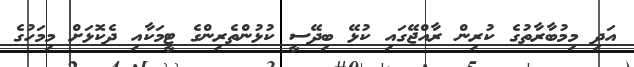
އަދި މިމުބާރާތުގެ ކުރިން ރާއްޖޭގައި ކުޅޭ ބިދޭސީ ކުޅުންތެރިންގެ ޓީމަކާއި ދެކޮޅަށް މިމަހުގެ